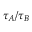
{ \tau _ { A } } / { \tau _ { B } }